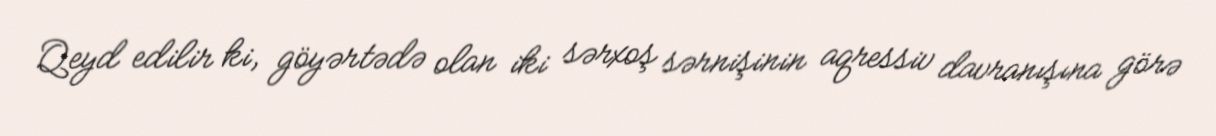
Qeyd edilir ki, göyərtədə olan iki sərxoş sərnişinin aqressiv davranışına görə